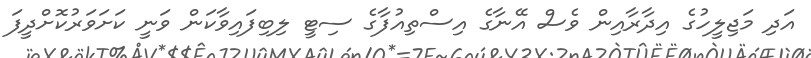
އަދި މަޖިލީހުގެ އިދާރާއިން ވެސް އޭނާގެ އިސްތިއުފާގެ ސިޓީ ލިބިފައިވާކަން ވަނީ ކަށަވަރުކޮށްދީފަ